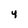
Character: y